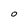
Character: O